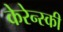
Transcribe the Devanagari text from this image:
केरेन्स्की